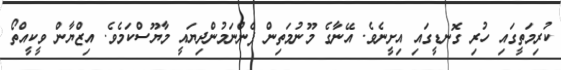
ކުރިމަތީގައި ހުރި ގޮނޑީގައި އިށީނެވެ. އޭނާގެ މޫނުމަތިން ފެންނަމުންދިޔައީ މާޔޫސްކަމެވެ. އިޒްޔާން ވީކީއްތޯ